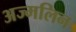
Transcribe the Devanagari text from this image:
अज्मलिन